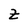
Character: Z